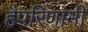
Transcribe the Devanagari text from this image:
हैपरिणामी